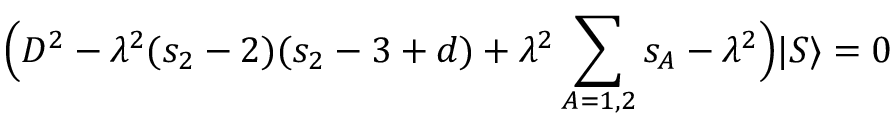
\Big ( { \cal D } ^ { 2 } - \lambda ^ { 2 } ( s _ { 2 } - 2 ) ( s _ { 2 } - 3 + d ) + \lambda ^ { 2 } \sum _ { A = 1 , 2 } s _ { A } - \lambda ^ { 2 } \Big ) | S \rangle = 0 \,